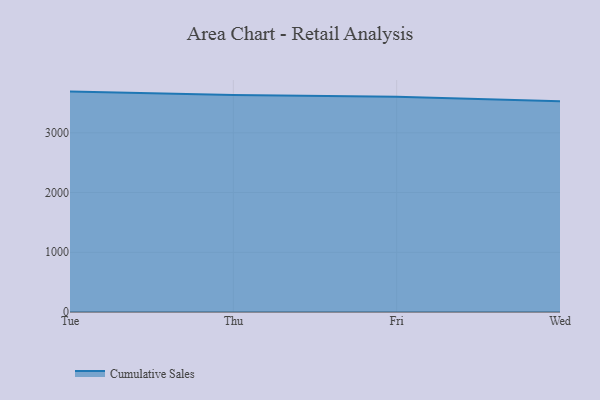
{"axis": {"x": "Day", "y": "Budget (USD K)"}, "legend": ["Cumulative Sales"], "data": [{"x": "Tue", "y": 3688.7, "type": "Cumulative Sales"}, {"x": "Thu", "y": 3633.3, "type": "Cumulative Sales"}, {"x": "Fri", "y": 3602.4, "type": "Cumulative Sales"}, {"x": "Wed", "y": 3528.7, "type": "Cumulative Sales"}]}